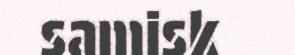
samisk